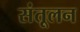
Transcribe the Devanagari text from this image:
संतूलन